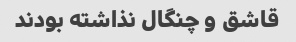
قاشق و چنگال نذاشته بودند